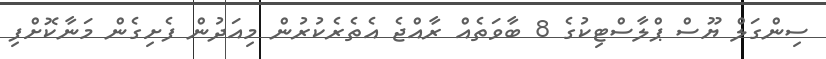
ސިންގަލް ޔޫސް ޕްލާސްޓިކުގެ 8 ބާވަތެއް ރާއްޖެ އެތެރެކުރުން މިއަދުން ފެށިގެން މަނާކޮށްފި